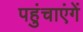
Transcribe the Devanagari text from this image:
पहुंचाएंगें